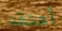
أعتقد